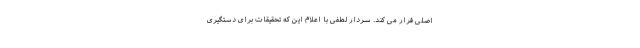
اصلی فرار می کند. سردار لطفی با اعلام این که تحقیقات برای دستگیری